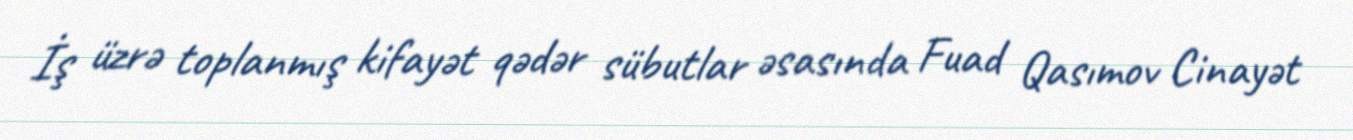
İş üzrə toplanmış kifayət qədər sübutlar əsasında Fuad Qasımov Cinayət